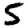
Digit: 5